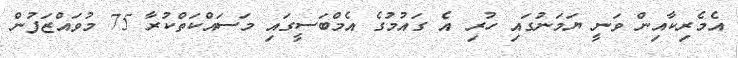
އެމެރިކާއިން ވަނީ ޔަމަނުގައި ހުރި އެ ގައުމުގެ އެމްބަސީގައި މަސައްކަތްކުރާ 75 މުވައްޒަފުން